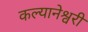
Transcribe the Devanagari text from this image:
कल्यानेश्वरी